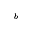
^ b